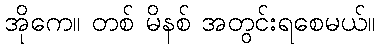
အိုကေ။ တစ် မိနစ် အတွင်းရစေမယ်။